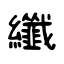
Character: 纖